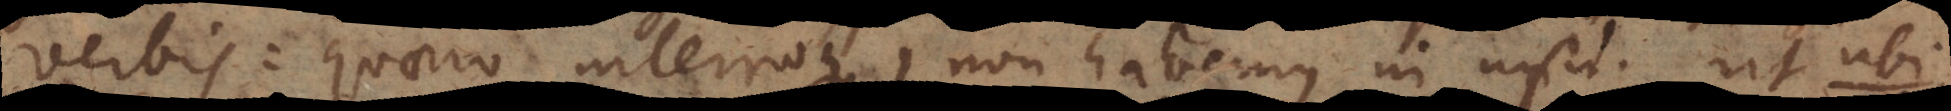
verbis: quaero, interrogo) non habemus in usu. Ut ubi